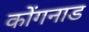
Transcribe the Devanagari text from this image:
कोंगनाड